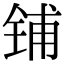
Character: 铺